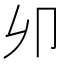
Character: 𠨍